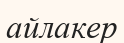
айлакер